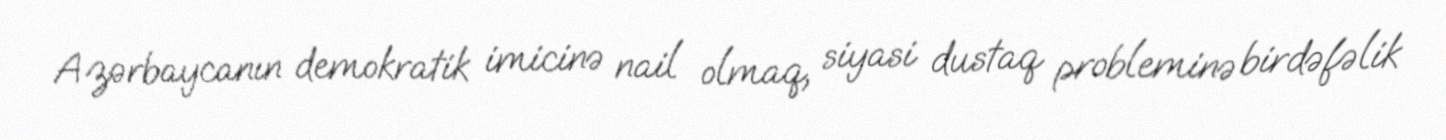
Azərbaycanın demokratik imicinə nail olmaq, siyasi dustaq probleminə birdəfəlik